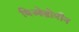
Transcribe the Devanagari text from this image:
थिओब्रोमीन